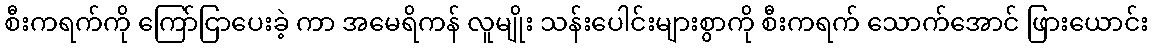
စီးကရက်ကို ကြော်ငြာပေးခဲ့ ကာ အမေရိကန် လူမျိုး သန်းပေါင်းများစွာကို စီးကရက် သောက်အောင် ဖြားယောင်း